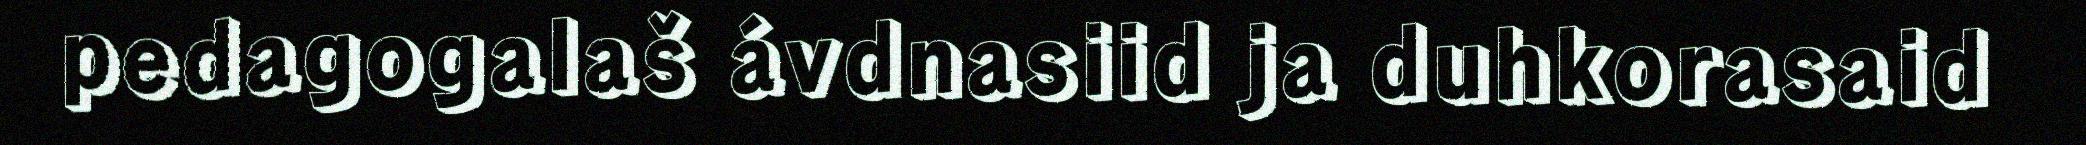
pedagogalaš ávdnasiid ja duhkorasaid